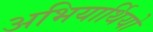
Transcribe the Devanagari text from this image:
अभियार्थियो